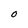
Character: O